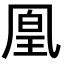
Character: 凰